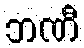
ဘဏီ